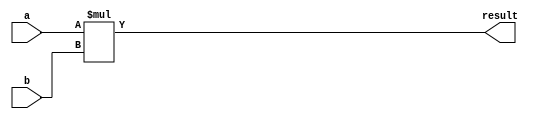
module multiplier (
    input [31:0] a, // input signal a
    input [31:0] b, // input signal b
    output reg [63:0] result // output signal result
);

always @ (*) begin
    result = a * b; // perform multiplication of inputs a and b
end

endmodule